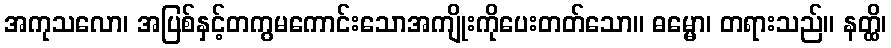
အကုသလော၊ အပြစ်နှင့်တကွမကောင်းသောအကျိုးကိုပေးတတ်သော။ ဓမ္မော၊ တရားသည်။ နတ္ထိ၊